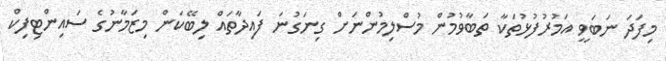
މިފަދަ ނަބަވީ އަމުރުފުޅުތަކާ ތަބާވުމުން މުސްލިމުންނަށް ގިނަގުނަ ފައިދާތައް ލިބޭކަން މިޒަމާނުގެ ސައިންޓިފިކް